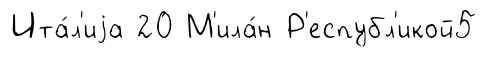
Ита́л'иjа 20 М'ила́н Р'еспубл'икой5